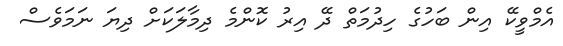
އެމްވީކޭ އިން ބަހުގެ ހިދުމަތް ދޭ އިރު ކޮންމެ ދިމާލަކަށް ދިޔަ ނަމަވެސް